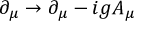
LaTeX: \partial _ { \mu } \rightarrow \partial _ { \mu } - i g A _ { \mu }